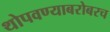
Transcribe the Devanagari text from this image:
थोपवण्याबरोबरच